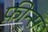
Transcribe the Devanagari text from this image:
फ़ीन्स